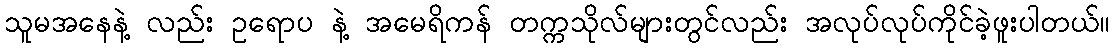
သူမအနေနဲ့ လည်း ဥရောပ နဲ့ အမေရိကန် တက္ကသိုလ်များတွင်လည်း အလုပ်လုပ်ကိုင်ခဲ့ဖူးပါတယ်။